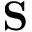
\mathbf { S }